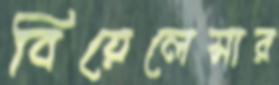
বিয়েলেসার